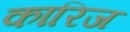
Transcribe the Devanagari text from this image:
कारिज